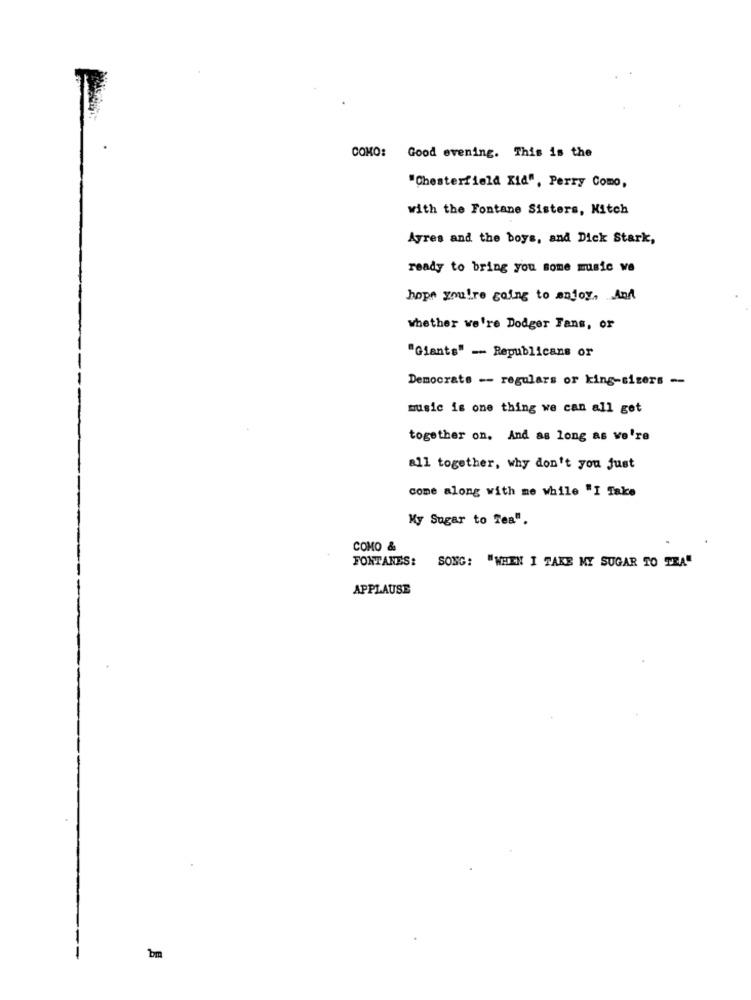
COMO: Good evening. This is the
"Chesterfield Kid", Perry Como,
with the Fontane Sisters, Nitch
Ayres and the boys, and Dick Stark,
ready to bring you some music we
hope you're going to anjoy, And
whether we're Dodger Fans, or
"Giants" - Republicans or
Democrats -- regulars or king-sizers --
music is one thing we can all got
together on, And as long as we're
all together, why don't you just
come along with me while "I Take
My Sugar to Tea".
COMO &
FONTANES: SONG: "WHEN I TAKE MY SUGAR TO TEA"
APPLAUSE
bm